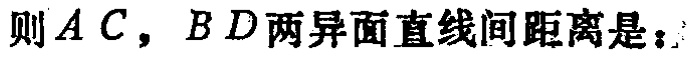
则\(AC\)，\(BD\)两异面直线间距离是：